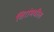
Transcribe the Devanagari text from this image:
शिरांमधील